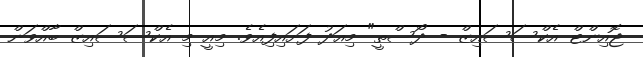
ޖޮއިންޓް އެކްސަސައިޒް - ދޯސްތީ" މިއަދު ފަށައިފިއެވެ. މިއީ މި އެކްސަސައިޒް ބާއްވަން